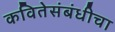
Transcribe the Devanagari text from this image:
कवितेसंबंधीचा